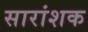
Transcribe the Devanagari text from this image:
सारांशक